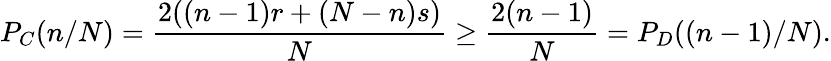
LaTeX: P_{C}(n/N)=\frac{2((n-1)r+(N-n)s)}{N}\geq\frac{2(n-1)}{N}=P_{D}((n-1)/N).